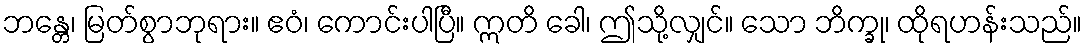
ဘန္တေ၊ မြတ်စွာဘုရား။ ဧဝံ၊ ကောင်းပါပြီ။ ဣတိ ခေါ၊ ဤသို့လျှင်။ သော ဘိက္ခု၊ ထိုရဟန်းသည်။